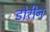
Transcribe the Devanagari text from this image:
डोरीन